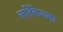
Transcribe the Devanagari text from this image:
कर्तिकेयाका